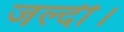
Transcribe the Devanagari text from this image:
जल्दी।